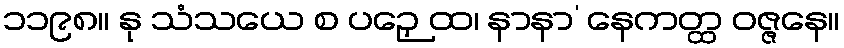
၁၁၉၈။ နု သံသယေ စ ပဉှေ ထ၊ နာနာ’ နေကတ္ထ ဝဇ္ဇနေ။